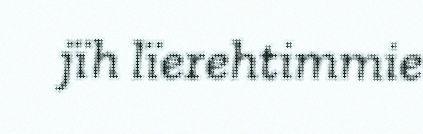
jïh lïerehtimmie